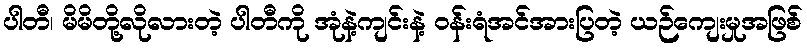
ပါတီ၊ မိမိတို့လိုလားတဲ့ ပါတီကို အုံနဲ့ကျင်းနဲ့ ဝန်းရံအင်အားပြတဲ့ ယဉ်ကျေးမှုအဖြစ်